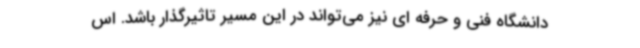
دانشگاه فنی و حرفه ای نیز می‌تواند در این مسیر تاثیرگذار باشد. اس